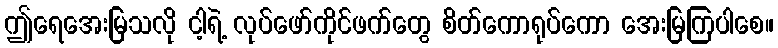
ဤရေအေးမြသလို ငါ့ရဲ့ လုပ်ဖော်ကိုင်ဖက်တွေ စိတ်ကောရုပ်ကော အေးမြကြပါစေ။